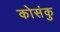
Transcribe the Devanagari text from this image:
कोसंकु